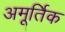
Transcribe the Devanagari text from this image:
अमूर्तिक